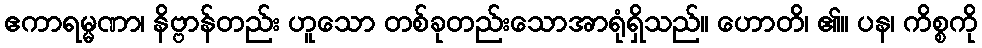
ဧကာရမ္မဏာ၊ နိဗ္ဗာန်တည်း ဟူသော တစ်ခုတည်းသောအာရုံရှိသည်။ ဟောတိ၊ ၏။ ပန၊ ကိစ္စကို